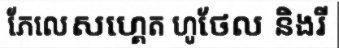
ភែលេសហ្គេត ហូថែល និងរី